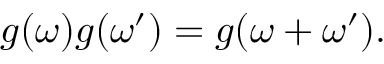
g ( \omega ) g ( \omega ^ { \prime } ) = g ( \omega + \omega ^ { \prime } ) .